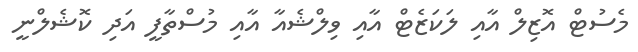
މެސުޓް އޮޒިލް އާއި ލަކަޒެޓް އާއި ވިލްޝެއާ އާއި މުސްތާފީ އަދި ކޮޝެލްނީ